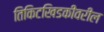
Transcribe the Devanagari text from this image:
तिकिटखिडकीवरील